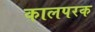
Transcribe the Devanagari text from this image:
कालपरक